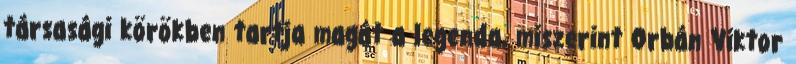
társa­sá­­gi körökben tartja magát a legenda, miszerint Orbán Viktor